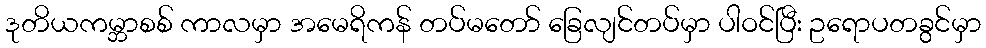
ဒုတိယကမ္ဘာစစ် ကာလမှာ အမေရိကန် တပ်မတော် ခြေလျင်တပ်မှာ ပါဝင်ပြီး ဥရောပတခွင်မှာ